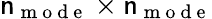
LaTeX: \mathsf{n}_{\mathrm{{~m~o~d~e~}}}\times\mathsf{n}_{\mathrm{{~m~o~d~e~}}}